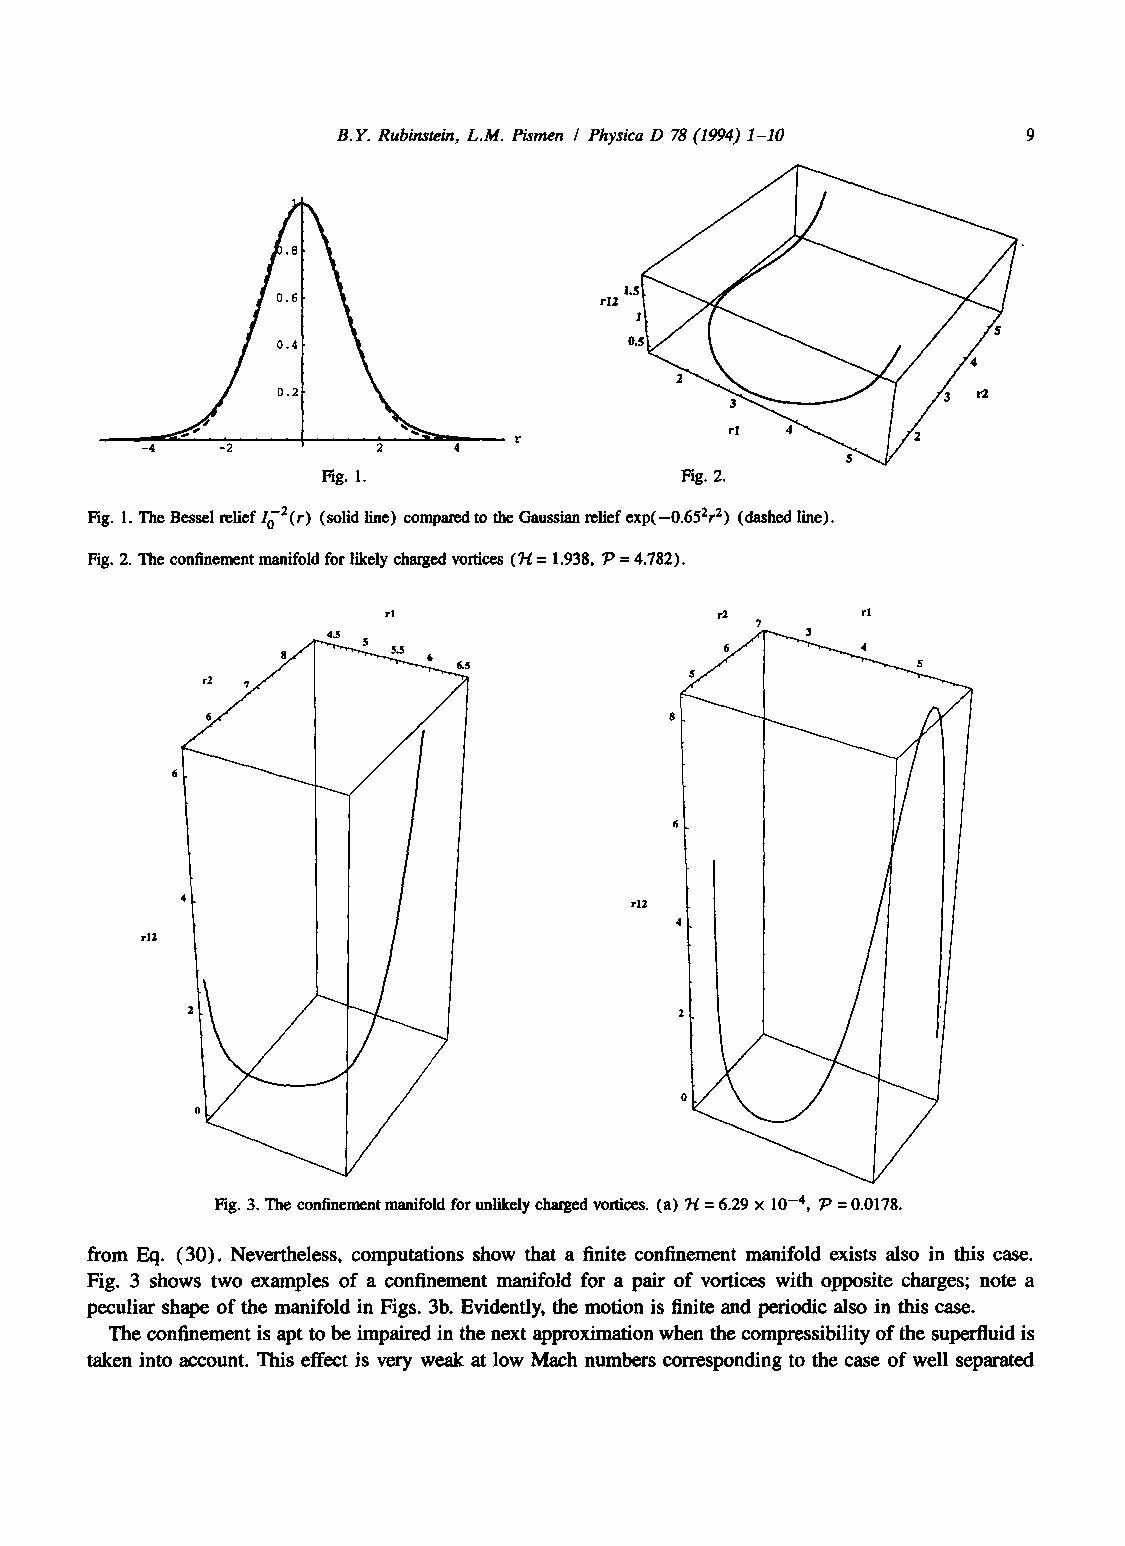
B.Y. Rubinstein, L.M. Pitmen / Physica D 78 (1994) 1-10
 .8
 0.6
 0.4
 rI  4 5 ~ ~  2
 -4    -2        2    4
 Fig. 1.                 Fig. 2.
 Fig. 1. The Bessel relief lo2(r) (solid line) comparedt o the Gaussian refief exp(-0.652r 2) (dashed line).
 Fig. 2. The confinement manifold for likely charged vortices (7t = 1.938, 7~ = 4.782).
 r                     r2       rl
 7
 4.5
 8    S $ $ 6 6.5
 r2 ?
 6  6
 r12
 rl2
 Fig. 3. The confinement manifold for unlikely charged vortices. (a) 74 = 6.29 × 10 -4, ~' = 0.0178.
 from Eq. (30). Nevertheless, computations show that a finite confinement manifold exists also in this case.
 Fig. 3 shows two examples of a confinement manifold for a pair of vortices with opposite charges; note a
 peculiar shape of the manifold in Figs. 3b. Evidently, the motion is finite and periodic also in this case.
 The confinement is apt to be impaired in the next approximation when the compressibility of the supertiuid is
 taken into account. This effect is very weak at low Mach numbers corresponding to the case of well separated